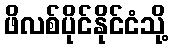
ဖိလစ်ပိုင်နိုင်ငံသို့